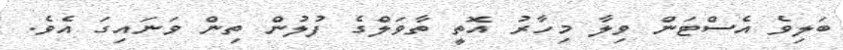
ބަލިވެ އެސްޓަން ވިލާ މިހާރު އޮތީ ތާވަލްގެ ފުލުން ތިން ވަނައިގަ އެވެ.